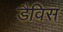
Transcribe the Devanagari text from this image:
डैविस